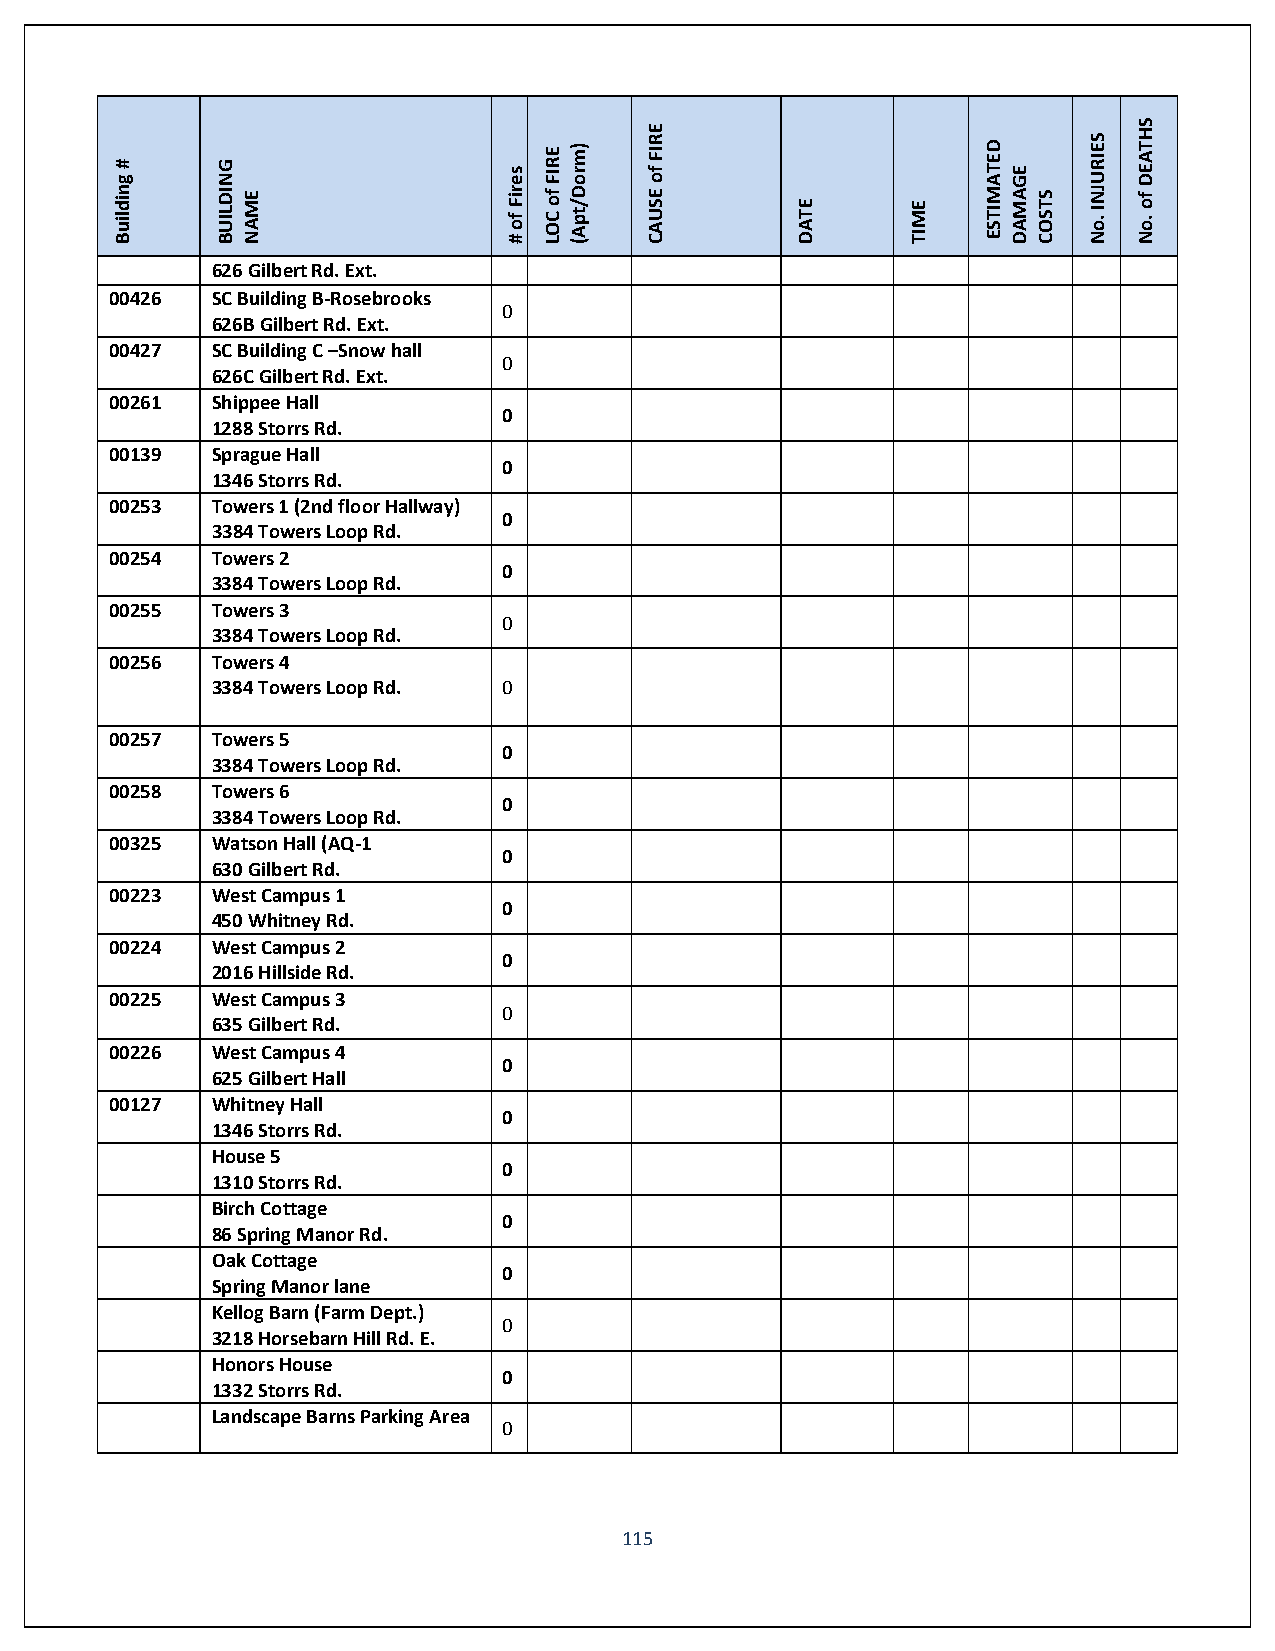
Building
 #      BUILDING
 NAME
 #
 of
 Fires
 LOC
 of
 FIRE (Apt/Dorm)
 CAUSE
 of
 FIRE
 DATE   TIME
 ESTIMATED
 DAMAGE
 COSTS
 No.
 INJURIES
 No.
 of
 DEATHS
 626 Gilbert Rd. Ext.
 00426  SC Building B-Rosebrooks
 0
 626B Gilbert Rd. Ext.
 00427  SC Building C –Snow hall
 0
 626C Gilbert Rd. Ext.
 00261  Shippee Hall
 0
 1288 Storrs Rd.
 00139  Sprague Hall
 0
 1346 Storrs Rd.
 00253  Towers 1 (2nd floor Hallway)
 0
 3384 Towers Loop Rd.
 00254  Towers 2
 0
 3384 Towers Loop Rd.
 00255  Towers 3
 0
 3384 Towers Loop Rd.
 00256  Towers 4
 3384 Towers Loop Rd. 0
 00257  Towers 5
 0
 3384 Towers Loop Rd.
 00258  Towers 6
 0
 3384 Towers Loop Rd.
 00325  Watson Hall (AQ-1
 0
 630 Gilbert Rd.
 00223  West Campus 1
 0
 450 Whitney Rd.
 00224  West Campus 2
 0
 2016 Hillside Rd.
 00225  West Campus 3
 0
 635 Gilbert Rd.
 00226  West Campus 4
 0
 625 Gilbert Hall
 00127  Whitney Hall
 0
 1346 Storrs Rd.
 House 5
 0
 1310 Storrs Rd.
 Birch Cottage
 0
 86 Spring Manor Rd.
 Oak Cottage
 0
 Spring Manor lane
 Kellog Barn (Farm Dept.)
 0
 3218 Horsebarn Hill Rd. E.
 Honors House
 0
 1332 Storrs Rd.
 Landscape Barns Parking Area
 0
 115